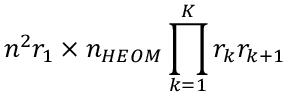
n ^ { 2 } r _ { 1 } \times n _ { H E O M } \prod _ { k = 1 } ^ { K } r _ { k } r _ { k + 1 }